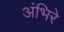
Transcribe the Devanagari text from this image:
अंभिरे